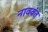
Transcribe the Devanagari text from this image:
नाववंत